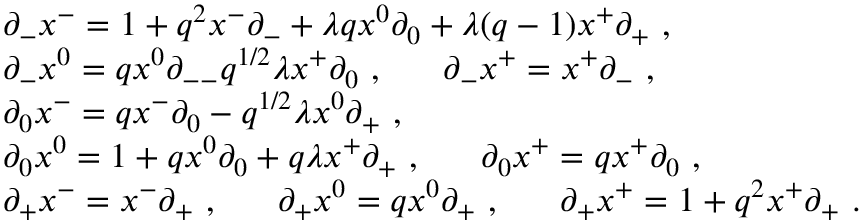
\begin{array} { l } { { \partial _ { - } x ^ { - } = 1 + q ^ { 2 } x ^ { - } \partial _ { - } + \lambda q x ^ { 0 } \partial _ { 0 } + \lambda ( q - 1 ) x ^ { + } \partial _ { + } ~ , } } \\ { { \partial _ { - } x ^ { 0 } = q x ^ { 0 } \partial _ { -- } q ^ { 1 / 2 } \lambda x ^ { + } \partial _ { 0 } ~ , ~ ~ ~ ~ ~ \partial _ { - } x ^ { + } = x ^ { + } \partial _ { - } ~ , } } \\ { { \partial _ { 0 } x ^ { - } = q x ^ { - } \partial _ { 0 } - q ^ { 1 / 2 } \lambda x ^ { 0 } \partial _ { + } ~ , } } \\ { { \partial _ { 0 } x ^ { 0 } = 1 + q x ^ { 0 } \partial _ { 0 } + q \lambda x ^ { + } \partial _ { + } ~ , ~ ~ ~ ~ ~ \partial _ { 0 } x ^ { + } = q x ^ { + } \partial _ { 0 } ~ , } } \\ { { \partial _ { + } x ^ { - } = x ^ { - } \partial _ { + } ~ , ~ ~ ~ ~ ~ \partial _ { + } x ^ { 0 } = q x ^ { 0 } \partial _ { + } ~ , ~ ~ ~ ~ ~ \partial _ { + } x ^ { + } = 1 + q ^ { 2 } x ^ { + } \partial _ { + } ~ . } } \end{array}